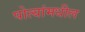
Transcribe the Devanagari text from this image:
पोत्यांमधील